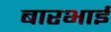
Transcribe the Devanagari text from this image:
बारभाई